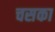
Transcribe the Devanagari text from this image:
चसका